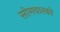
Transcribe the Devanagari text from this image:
सोमवारको